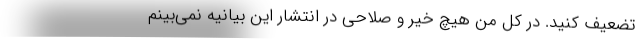
تضعیف کنید. در کل من هیچ خیر و صلاحی در انتشار این بیانیه نمی‌بینم